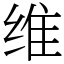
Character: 维